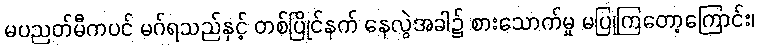
မပညတ်မီကပင် မဂ်ရသည်နှင့် တစ်ပြိုင်နက် နေလွဲအခါ၌ စားသောက်မှု မပြုကြတော့ကြောင်း၊